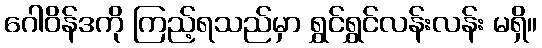
ဂေါဝိန်ဒကို ကြည့်ရသည်မှာ ရွှင်ရွှင်လန်းလန်း မရှိ။